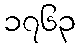
၁၇၆၃